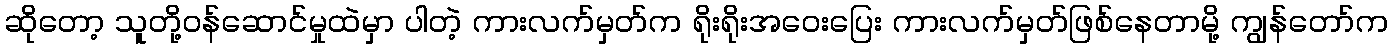
ဆိုတော့ သူတို့ဝန်ဆောင်မှုထဲမှာ ပါတဲ့ ကားလက်မှတ်က ရိုးရိုးအဝေးပြေး ကားလက်မှတ်ဖြစ်နေတာမို့ ကျွန်တော်က